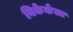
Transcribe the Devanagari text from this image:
निकेर्कला